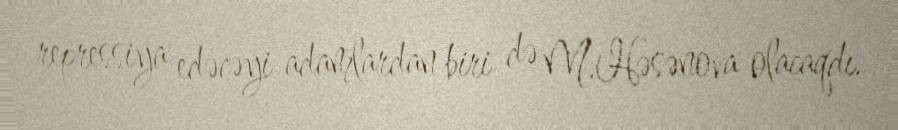
repressiya edəcəyi adamlardan biri də M.Həsənova olacaqdı.